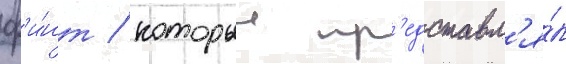
ф'и́нт / которыи пр'едставл'я́л